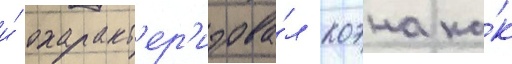
и́ охаракт'ер'изова́л коэна ка́к